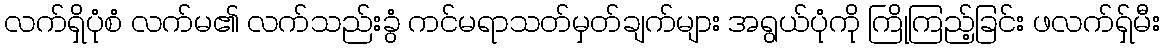
လက်ရှိပုံစံ လက်မ၏ လက်သည်းခွံ ကင်မရာသတ်မှတ်ချက်များ အရွယ်ပုံကို ကြိုကြည့်ခြင်း ဖလက်ရှ်မီး